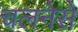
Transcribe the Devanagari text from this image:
चलनेसे